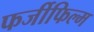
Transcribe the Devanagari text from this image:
फर्जीफिल्म